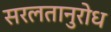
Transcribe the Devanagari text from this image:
सरलतानुरोध